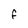
Character: F